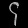
Digit: ၄